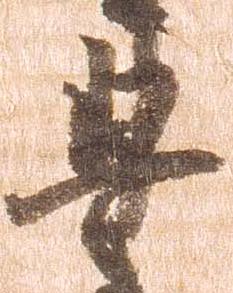
豊